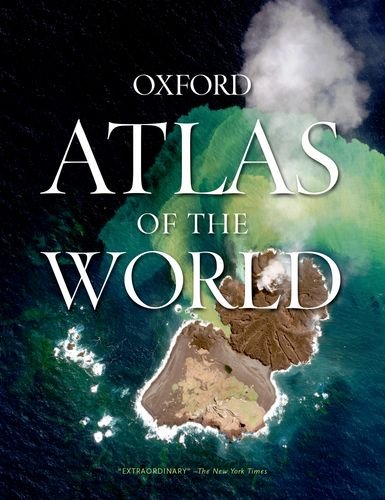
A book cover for Atlas of the World; Reference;